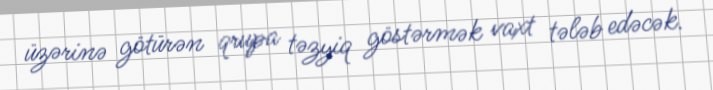
üzərinə götürən qrupa təzyiq göstərmək vaxt tələb edəcək.